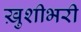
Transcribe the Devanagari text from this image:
ख़ुशीभरी